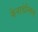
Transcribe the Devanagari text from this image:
कैनाडेन्सिस